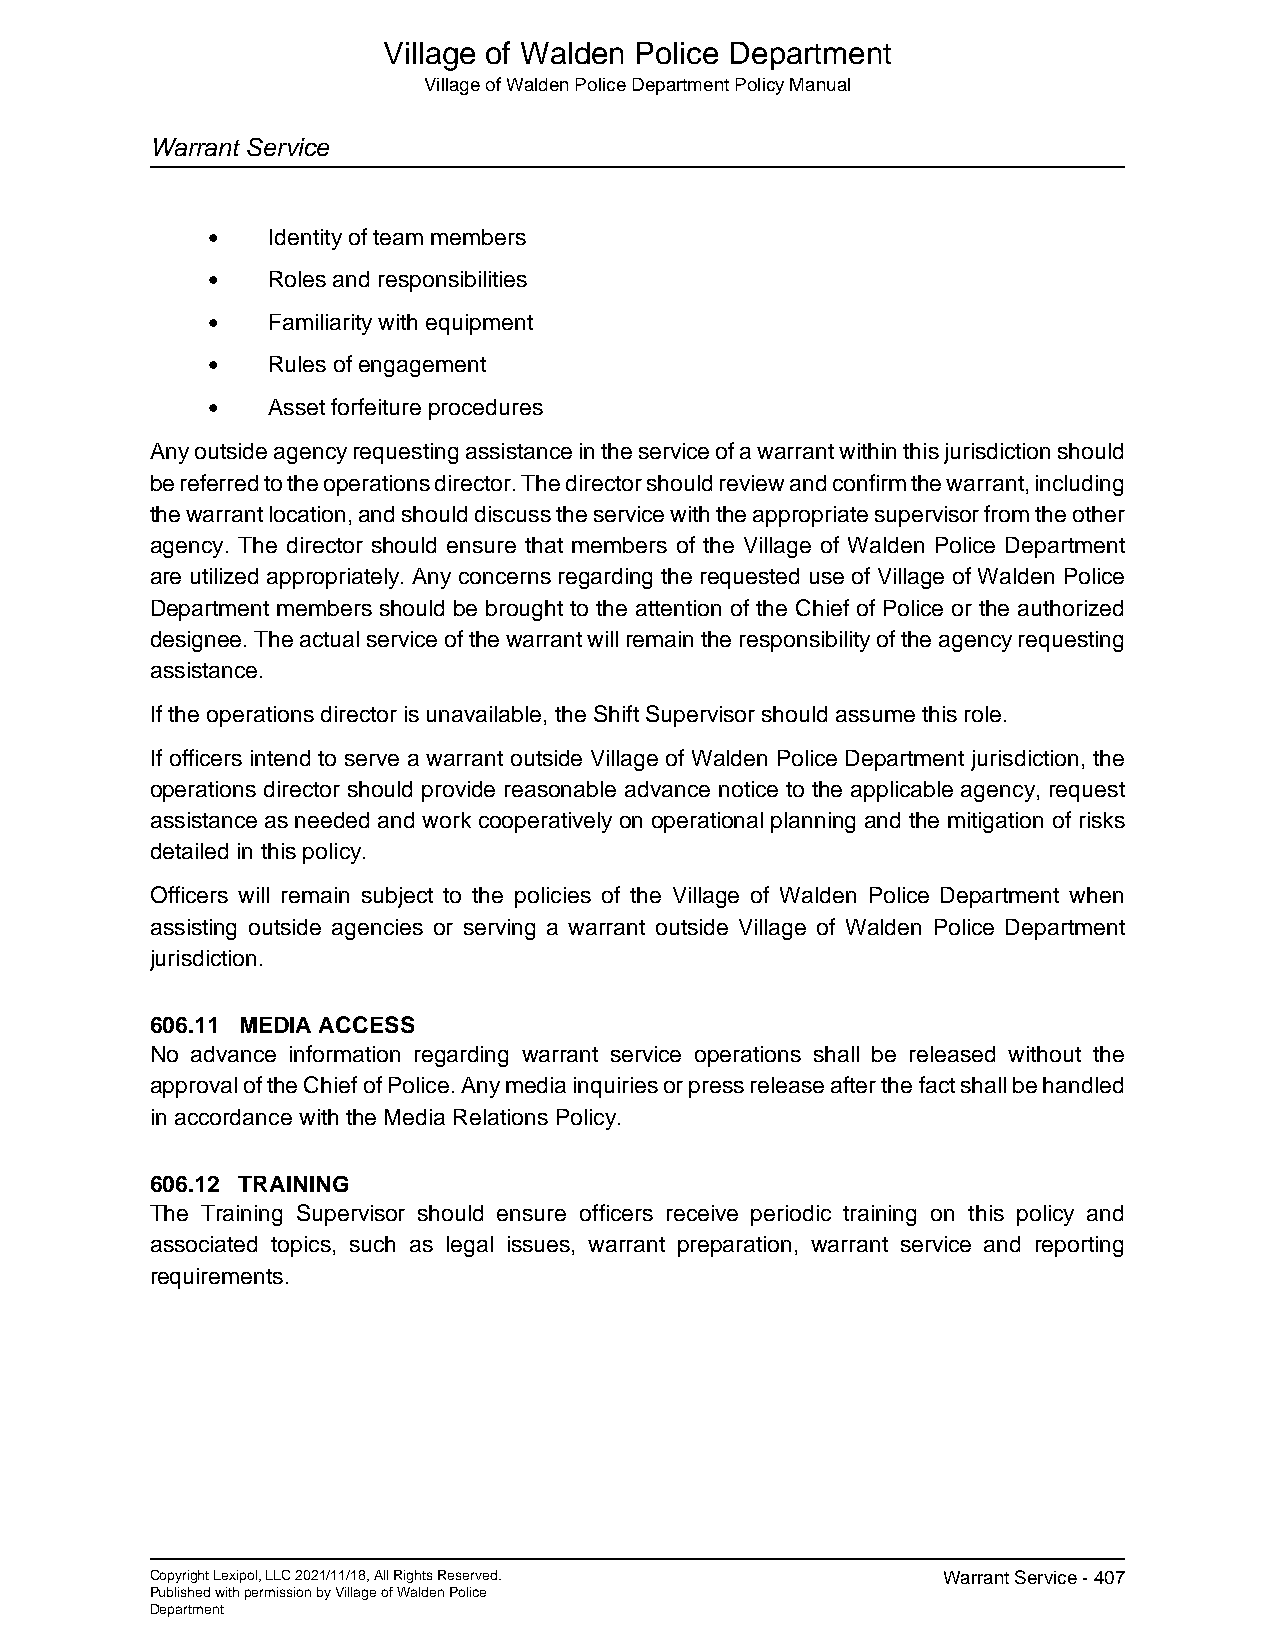
Village of Walden Police Department
 Village of Walden Police Department Policy Manual
 Warrant Service
 •   Identity of team members
 •   Roles and responsibilities
 •   Familiarity with equipment
 •   Rules of engagement
 •   Asset forfeiture procedures
 Any outside agency requesting assistance in the service of a warrant within this jurisdiction should
 be referred to the operations director. The director should review and confirm the warrant, including
 the warrant location, and should discuss the service with the appropriate supervisor from the other
 agency. The director should ensure that members of the Village of Walden Police Department
 are utilized appropriately. Any concerns regarding the requested use of Village of Walden Police
 Department members should be brought to the attention of the Chief of Police or the authorized
 designee. The actual service of the warrant will remain the responsibility of the agency requesting
 assistance.
 If the operations director is unavailable, the Shift Supervisor should assume this role.
 If officers intend to serve a warrant outside Village of Walden Police Department jurisdiction, the
 operations director should provide reasonable advance notice to the applicable agency, request
 assistance as needed and work cooperatively on operational planning and the mitigation of risks
 detailed in this policy.
 Officers will remain subject to the policies of the Village of Walden Police Department when
 assisting outside agencies or serving a warrant outside Village of Walden Police Department
 jurisdiction.
 606.11 MEDIA ACCESS
 No advance information regarding warrant service operations shall be released without the
 approval of the Chief of Police. Any media inquiries or press release after the fact shall be handled
 in accordance with the Media Relations Policy.
 606.12 TRAINING
 The Training Supervisor should ensure officers receive periodic training on this policy and
 associated topics, such as legal issues, warrant preparation, warrant service and reporting
 requirements.
 Copyright Lexipol, LLC 2021/11/18, All Rights Reserved. Warrant Service - 407
 Published with permission by Village of Walden Police
 Department